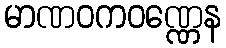
မာဏဝကဝဏ္ဏေန